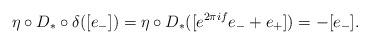
LaTeX: \begin{align*} \eta\circ D_*\circ \delta([e_-])=\eta\circ D_*([e^{2\pi if}e_-+e_+])=-[e_-].\end{align*}